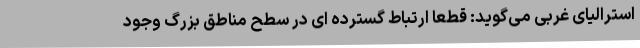
استرالیای غربی می‌گوید: قطعا ارتباط گسترده ای در سطح مناطق بزرگ وجود